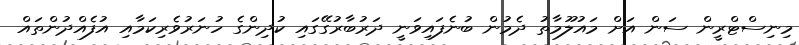
މިނިސްޓްރީން ސަން އަށް މައުލޫމާތު ދެމުން ބުނެފައިވަނީ ދަރުބާރުގޭގައި ކުދިންގެ ހުނަރުވެރިކަމާއި އުފެއްދުންތައް